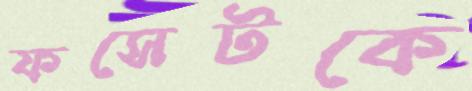
ফসেটকে